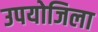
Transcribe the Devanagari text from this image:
उपयोजिला